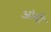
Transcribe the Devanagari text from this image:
आंदी